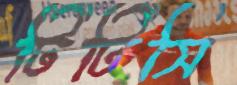
টিটিসি